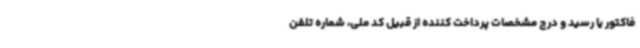
فاکتور یا رسید و درج مشخصات پرداخت کننده از قبیل کد ملی، شماره تلفن